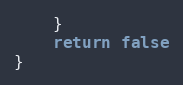
Language: Go
	}
	return false
}